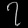
Digit: ၇